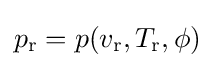
p_{\text{r}}=p(v_{\text{r}},T_{\text{r}},\phi )